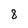
Character: 8